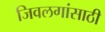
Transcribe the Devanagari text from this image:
जिवलगांसाठी